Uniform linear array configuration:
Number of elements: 8
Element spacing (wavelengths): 0.5
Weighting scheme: cosine
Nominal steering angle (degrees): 0
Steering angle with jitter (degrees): -0.2121
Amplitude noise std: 0.05
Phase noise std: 0.05

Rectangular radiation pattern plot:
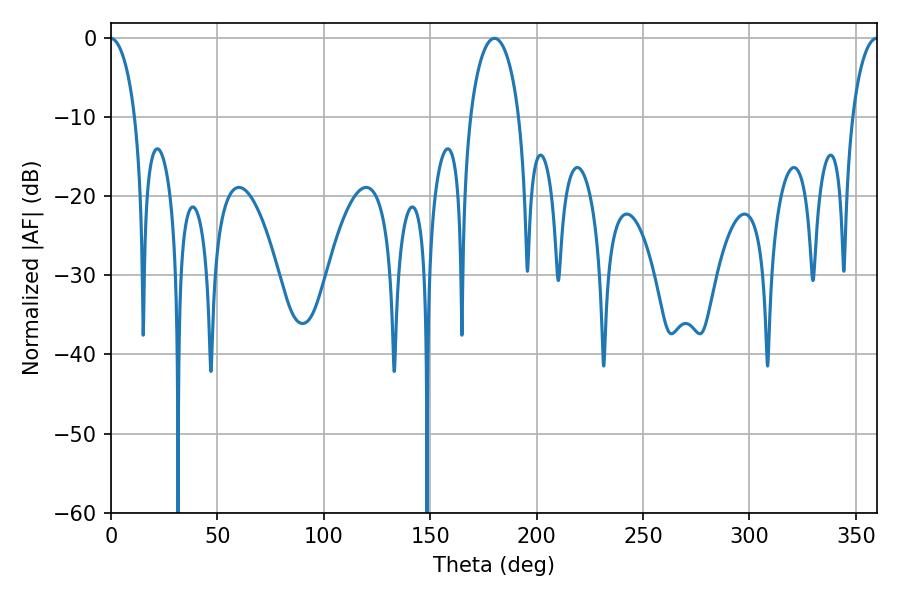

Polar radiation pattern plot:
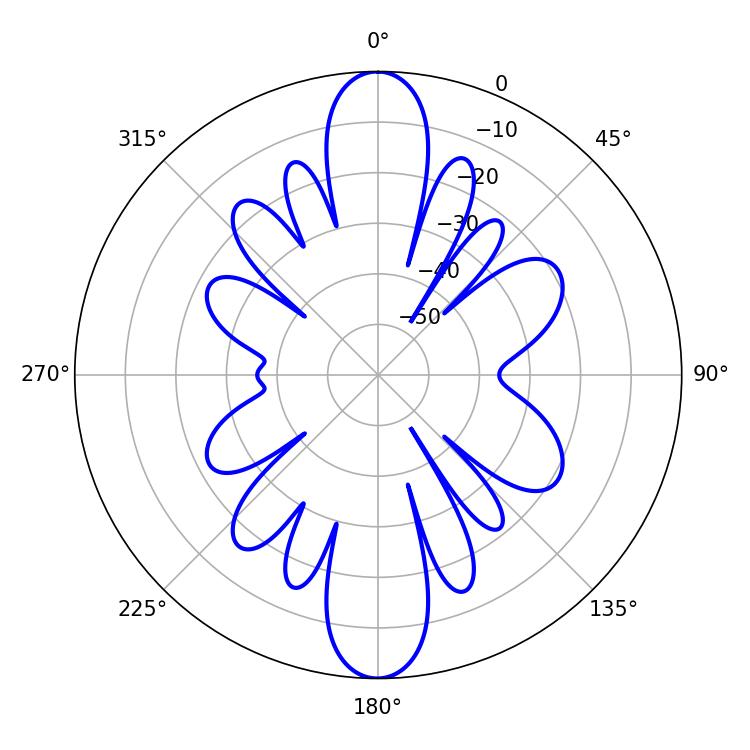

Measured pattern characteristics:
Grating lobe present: FALSE
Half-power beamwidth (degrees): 13.14
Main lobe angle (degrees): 180.18